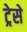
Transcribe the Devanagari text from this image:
ट्रेसे